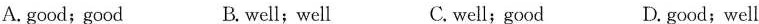
A.good;good B. well;well C. well;good D. good;well